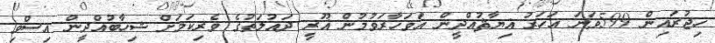
ހިޖުރައިން 599ވަނަ އަހަރު ޣިޔާޘުއްދީން އަވަހާރަވުމުން ޣޫރީ ދައުލަތުގެ ވެރިކަމަށް ޝިހާބުއްދީން އިސްވި